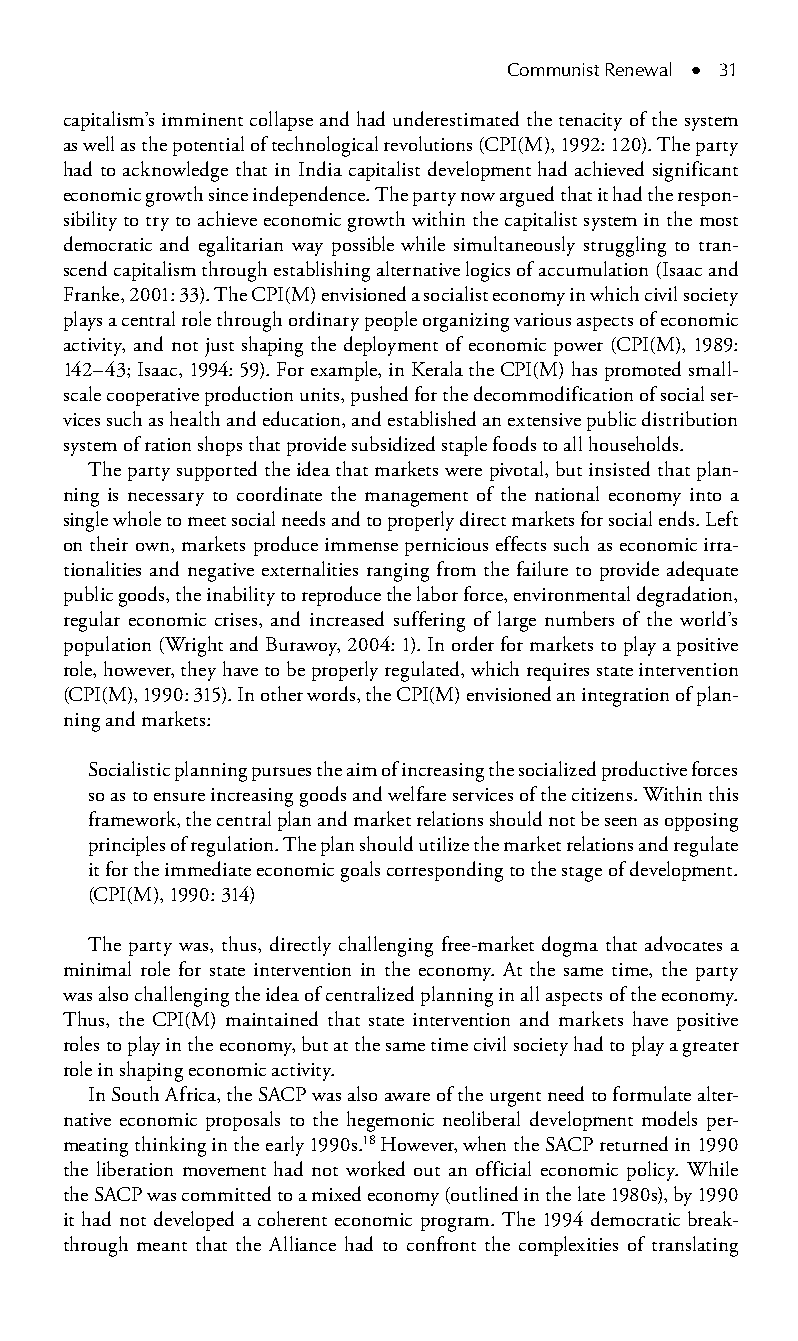
Communist Renewal ● 31
 capitalism’s imminent collapse and had underestimated the tenacity of the system
 as well as the potential of technological revolutions (CPI(M), 1992: 120). The party
 had to acknowledge that in India capitalist development had achieved significant
 economic growth since independence. The party now argued that it had the respon-
 sibility to try to achieve economic growth within the capitalist system in the most
 democratic and egalitarian way possible while simultaneously struggling to tran-
 scend capitalism through establishing alternative logics of accumulation (Isaac and
 Franke, 2001: 33). The CPI(M) envisioned a socialist economy in which civil society
 plays a central role through ordinary people organizing various aspects of economic
 activity, and not just shaping the deployment of economic power (CPI(M), 1989:
 142–43; Isaac, 1994: 59). For example, in Kerala the CPI(M) has promoted small-
 scale cooperative production units, pushed for the decommodification of social ser-
 vices such as health and education, and established an extensive public distribution
 system of ration shops that provide subsidized staple foods to all households.
 The party supported the idea that markets were pivotal, but insisted that plan-
 ning is necessary to coordinate the management of the national economy into a
 single whole to meet social needs and to properly direct markets for social ends. Left
 on their own, markets produce immense pernicious effects such as economic irra-
 tionalities and negative externalities ranging from the failure to provide adequate
 public goods, the inability to reproduce the labor force, environmental degradation,
 regular economic crises, and increased suffering of large numbers of the world’s
 population (Wright and Burawoy, 2004: 1). In order for markets to play a positive
 role, however, they have to be properly regulated, which requires state intervention
 (CPI(M), 1990: 315). In other words, the CPI(M) envisioned an integration of plan-
 ning and markets:
 Socialistic planning pursues the aim of increasing the socialized productive forces
 so as to ensure increasing goods and welfare services of the citizens. Within this
 framework, the central plan and market relations should not be seen as opposing
 principles of regulation. The plan should utilize the market relations and regulate
 it for the immediate economic goals corresponding to the stage of development.
 (CPI(M), 1990: 314)
 The party was, thus, directly challenging free-market dogma that advocates a
 minimal role for state intervention in the economy. At the same time, the party
 was also challenging the idea of centralized planning in all aspects of the economy.
 Thus, the CPI(M) maintained that state intervention and markets have positive
 roles to play in the economy, but at the same time civil society had to play a greater
 role in shaping economic activity.
 In South Africa, the SACP was also aware of the urgent need to formulate alter-
 native economic proposals to the hegemonic neoliberal development models per-
 meating thinking in the early 1990s.18 However, when the SACP returned in 1990
 the liberation movement had not worked out an official economic policy. While
 the SACP was committed to a mixed economy (outlined in the late 1980s), by 1990
 it had not developed a coherent economic program. The 1994 democratic break-
 through meant that the Alliance had to confront the complexities of translating
 99778800223300660066440011ttss0044..iinndddd 3311 33//2255//22000088 99::1177::2255 AAMM